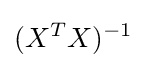
(X^{T}X)^{-1}